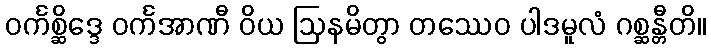
ဝင်္ကစ္ဆိဒ္ဒေ ဝင်္ကအာဏီ ဝိယ ဩနမိတွာ တဿေဝ ပါဒမူလံ ဂစ္ဆန္တီတိ။